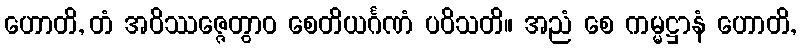
ဟောတိ, တံ အဝိဿဇ္ဇေတွာဝ စေတိယင်္ဂဏံ ပဝိသတိ။ အညံ စေ ကမ္မဋ္ဌာနံ ဟောတိ,